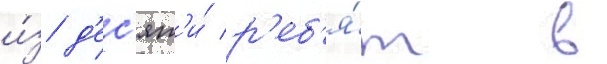
и́з д'ес'ят'и́ р'еб'я́т в